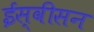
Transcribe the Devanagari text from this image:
ईस्वीसन